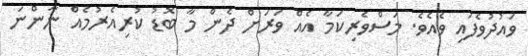
ވައުދުވެފައި ވެއެވެ. މަސްވެރިކަމާ އެއް ވަރަށް ދެން މާ ބޮޑު ކުރިއެރުމެއް ނާންނަ